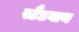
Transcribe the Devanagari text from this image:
स्टैंडबाय